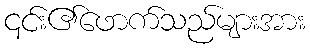
၎င်း၏ဖောက်သည်များအား